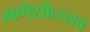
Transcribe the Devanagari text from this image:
गणेशोत्स्तव